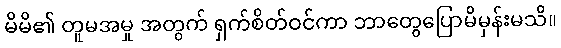
မိမိ၏ တူမအမှု အတွက် ရှက်စိတ်ဝင်ကာ ဘာတွေပြောမိမှန်းမသိ။